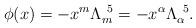
LaTeX: \begin{align*}\phi(x)=-x^m\Lambda_m^{~5}=-x^\alpha\Lambda_\alpha^{~5}.\end{align*}